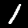
Label: 1